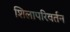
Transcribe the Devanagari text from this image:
शिलापरिवर्तन